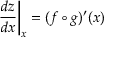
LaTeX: \left. { \frac { d z } { d x } } \right| _ { x } = ( f \circ g ) ^ { \prime } ( x )